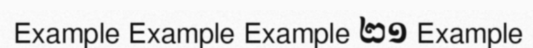
Example Example Example ២១ Example